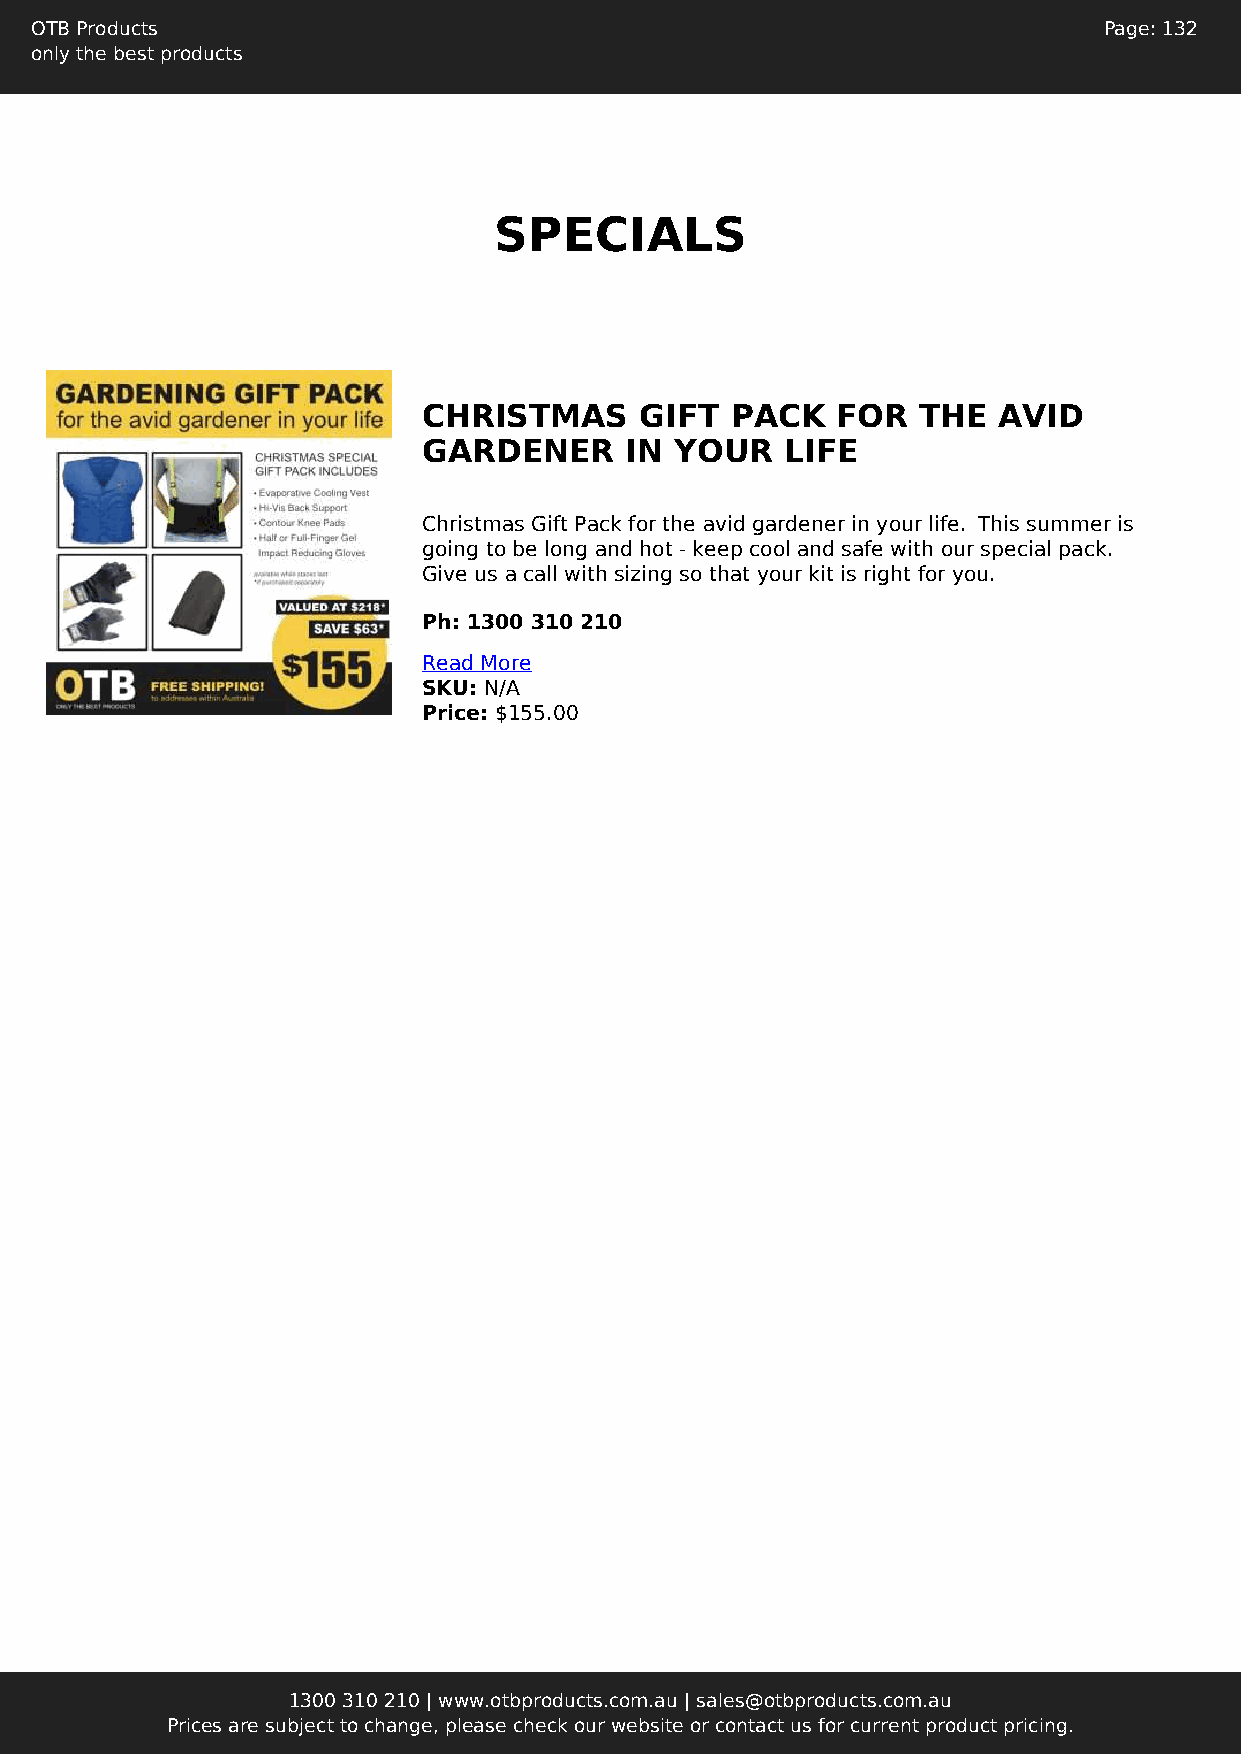
OTB Products                                                           Page: 132
 only the best products
 SPECIALS
 CHRISTMAS     GIFT  PACK   FOR   THE  AVID
 GARDENER     IN  YOUR   LIFE
 Christmas Gift Pack for the avid gardener in your life. This summer is
 going to be long and hot - keep cool and safe with our special pack.
 Give us a call with sizing so that your kit is right for you.
 Ph: 1300 310 210
 Read More
 SKU: N/A
 Price: $155.00
 1300 310 210 | www.otbproducts.com.au | sales@otbproducts.com.au
 Prices are subject to change, please check our website or contact us for current product pricing.